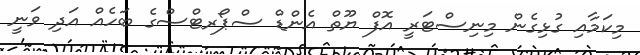
މިކަމާއި ގުޅިގެން މިނިސްޓަރީ އޮފް ޔޫތް އެންޑް ސްޕޯރޓްސްގެ ބަހެއް އަދި ވަނީ